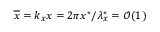
\overline { { x } } = k _ { x } x = 2 \pi x ^ { \ast } / \lambda _ { x } ^ { \ast } = \mathcal { O } ( 1 )